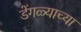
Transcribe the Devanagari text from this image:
डेंगळ्याच्या